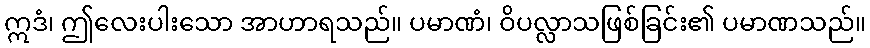
ဣဒံ၊ ဤလေးပါးသော အာဟာရသည်။ ပမာဏံ၊ ဝိပလ္လာသဖြစ်ခြင်း၏ ပမာဏသည်။